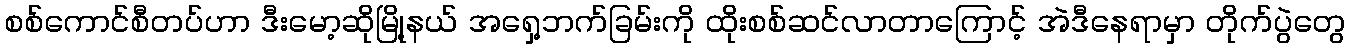
စစ်ကောင်စီတပ်ဟာ ဒီးမော့ဆိုမြို့နယ် အရှေ့ဘက်ခြမ်းကို ထိုးစစ်ဆင်လာတာကြောင့် အဲဒီနေရာမှာ တိုက်ပွဲတွေ